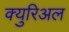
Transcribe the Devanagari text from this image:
क्युरिअल